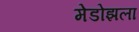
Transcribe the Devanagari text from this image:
मेडोझला